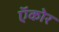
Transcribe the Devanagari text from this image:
ऍकोर